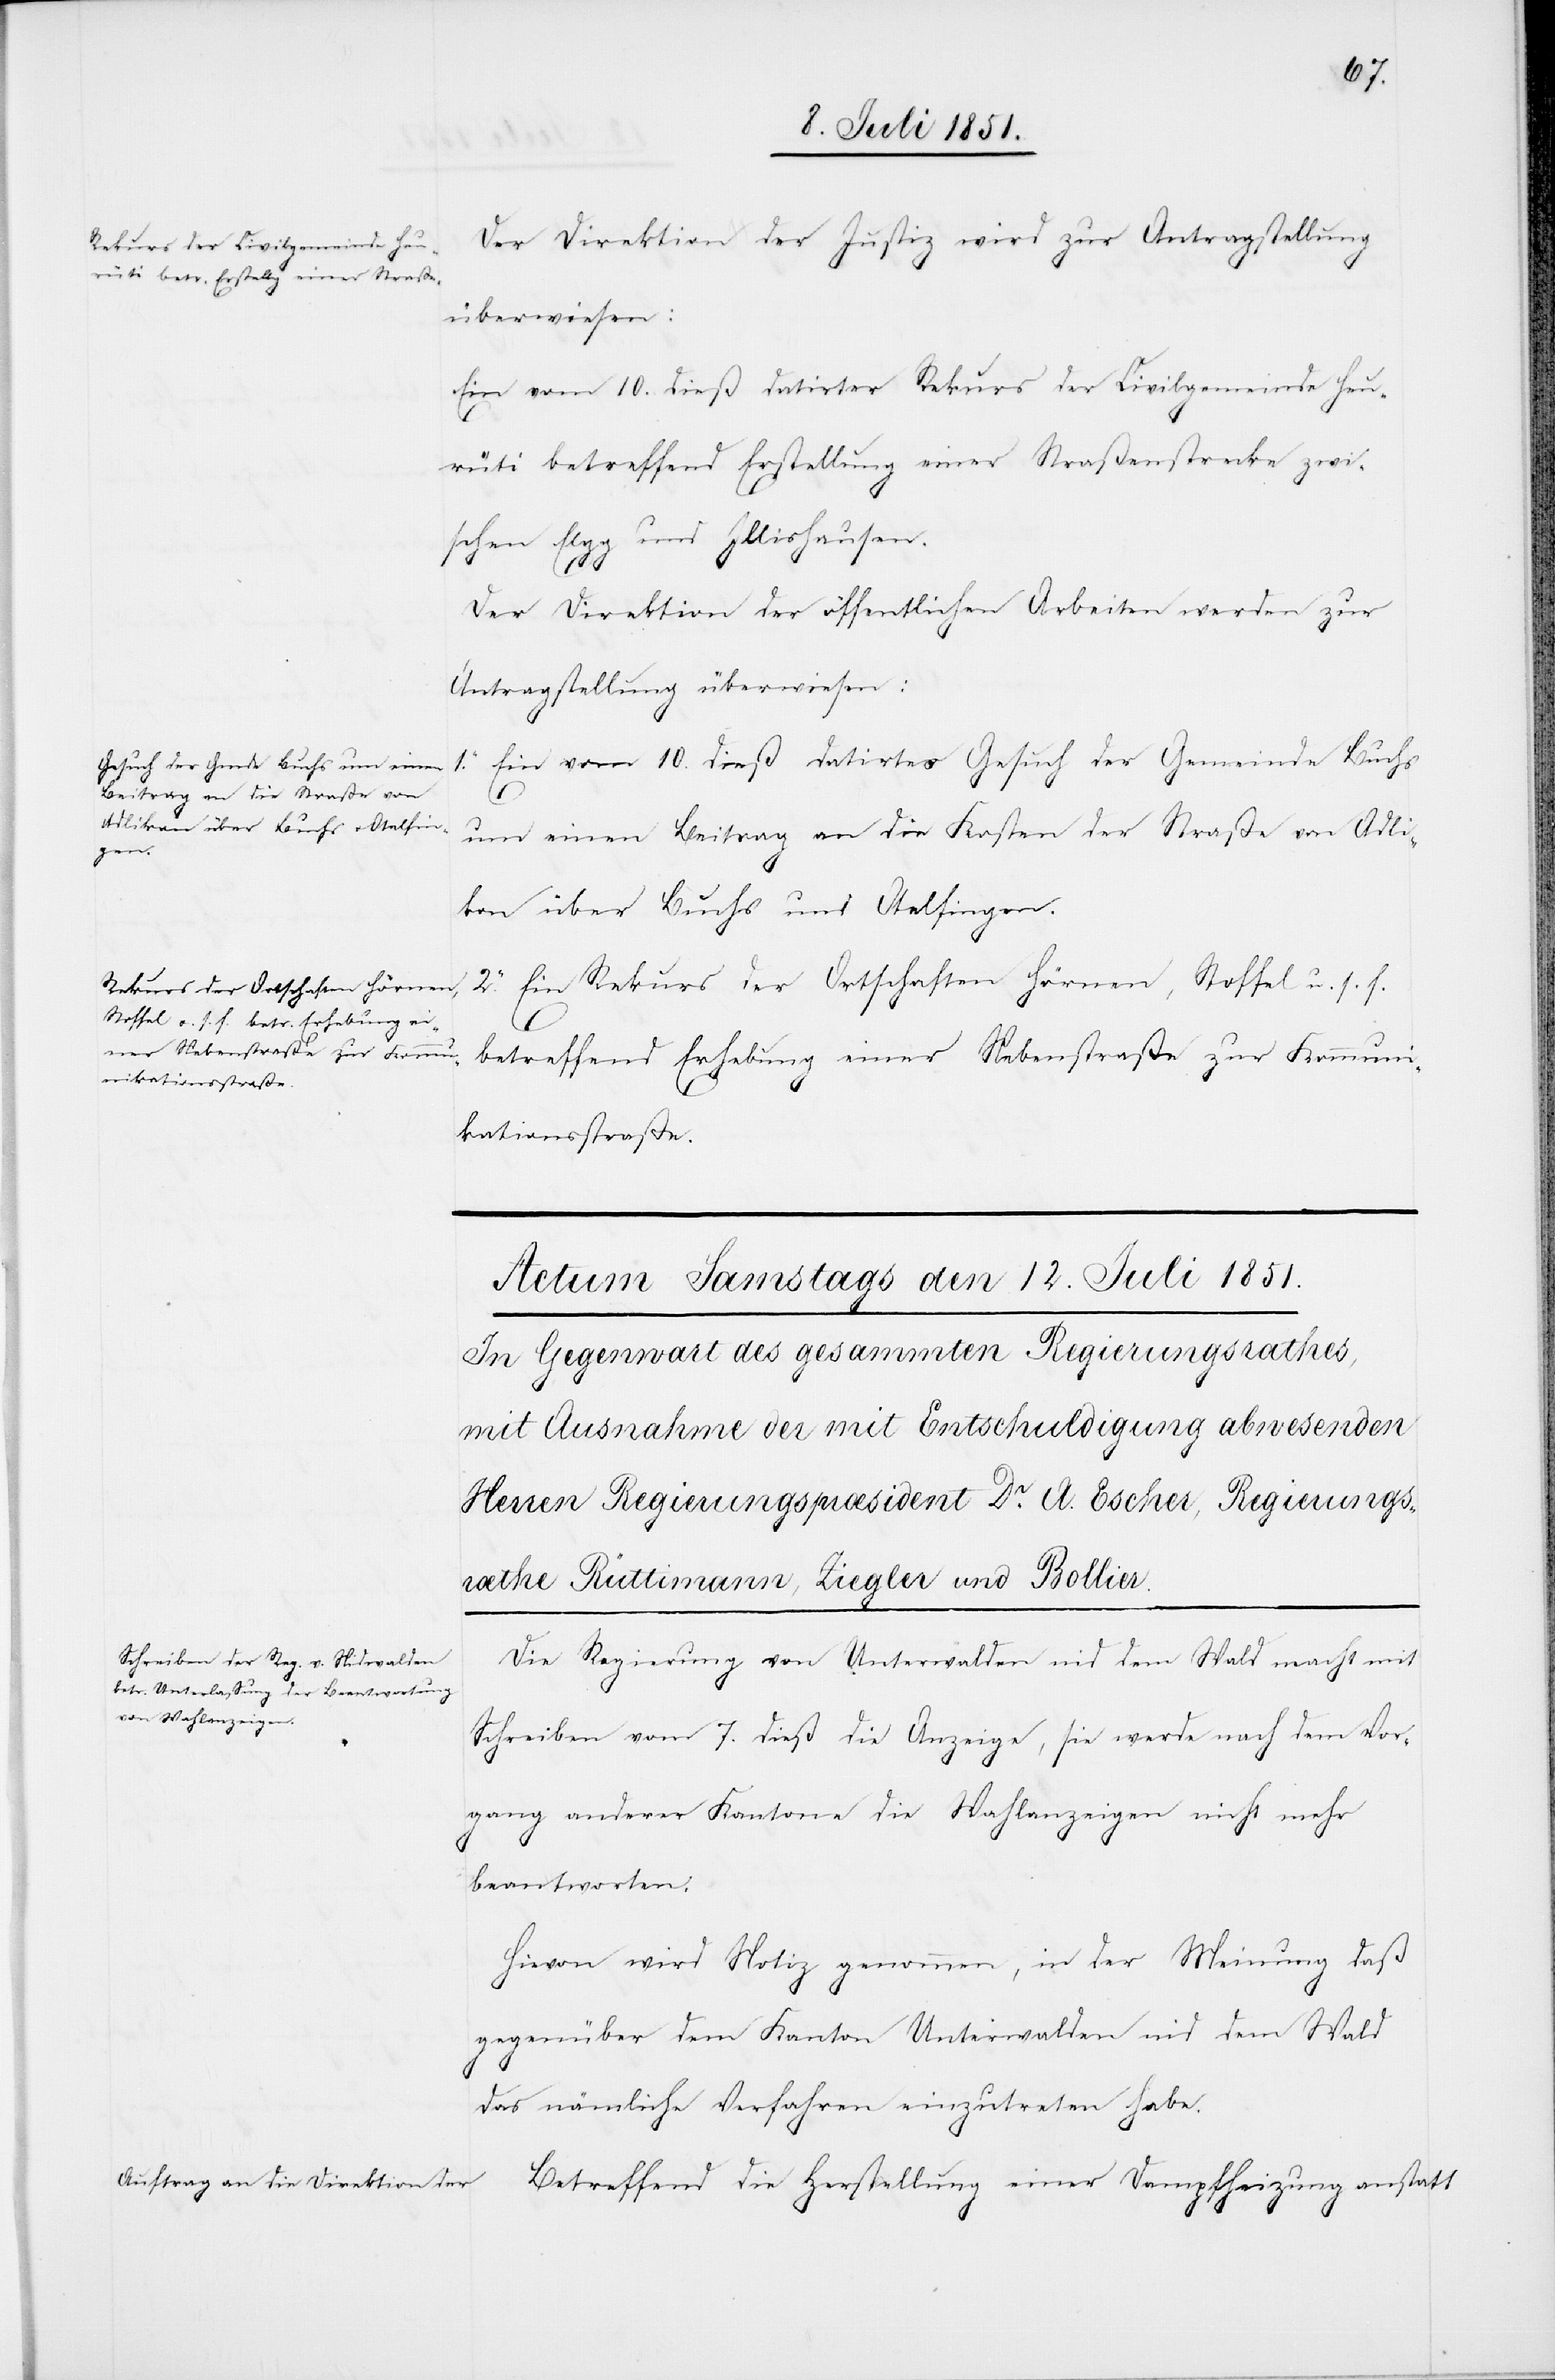
Der Direktion der Justiz wird zur Antragstellung
überwiesen:
Ein vom 10. dieß datirter Rekurs der Civilgemeinde Heu¬
rüti betreffend Erstellung einer Straßenstrecke zwi¬
schen Elgg und Illishausen.
11.
Der Direktion der öffentlichen Arbeiten werden zur
Antragstellung überwiesen:
1. Ein vom 10. dieß datirtes Gesuch der Gemeinde Buchs
um einen Beitrag an die Kosten der Straße von Adli¬
kon über Buchs und Otelfingen.
2. Ein Rekurs der Ortschaften Hörnen, Stoffel u. s. f.
betreffend Erhebung einer Nebenstraße zur Kommuni¬
kationsstraße.
Die Regierung von Unterwalden nid dem Wald macht mit
Schreiben vom 7. dieß die Anzeige, sie werde nach dem Vor¬
gang anderer Kantone die Wahlanzeigen nicht mehr
beantworten.
Hievon wird Notiz genommen, in der Meinung daß
gegenüber dem Kanton Unterwalden nid dem Wald
das nämliche Verfahren einzutreten habe.
Betreffend die Herstellung einer Dampfheizung anstatt